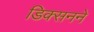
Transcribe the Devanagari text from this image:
डिक्सनने